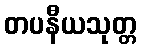
တပနီယသုတ္တ